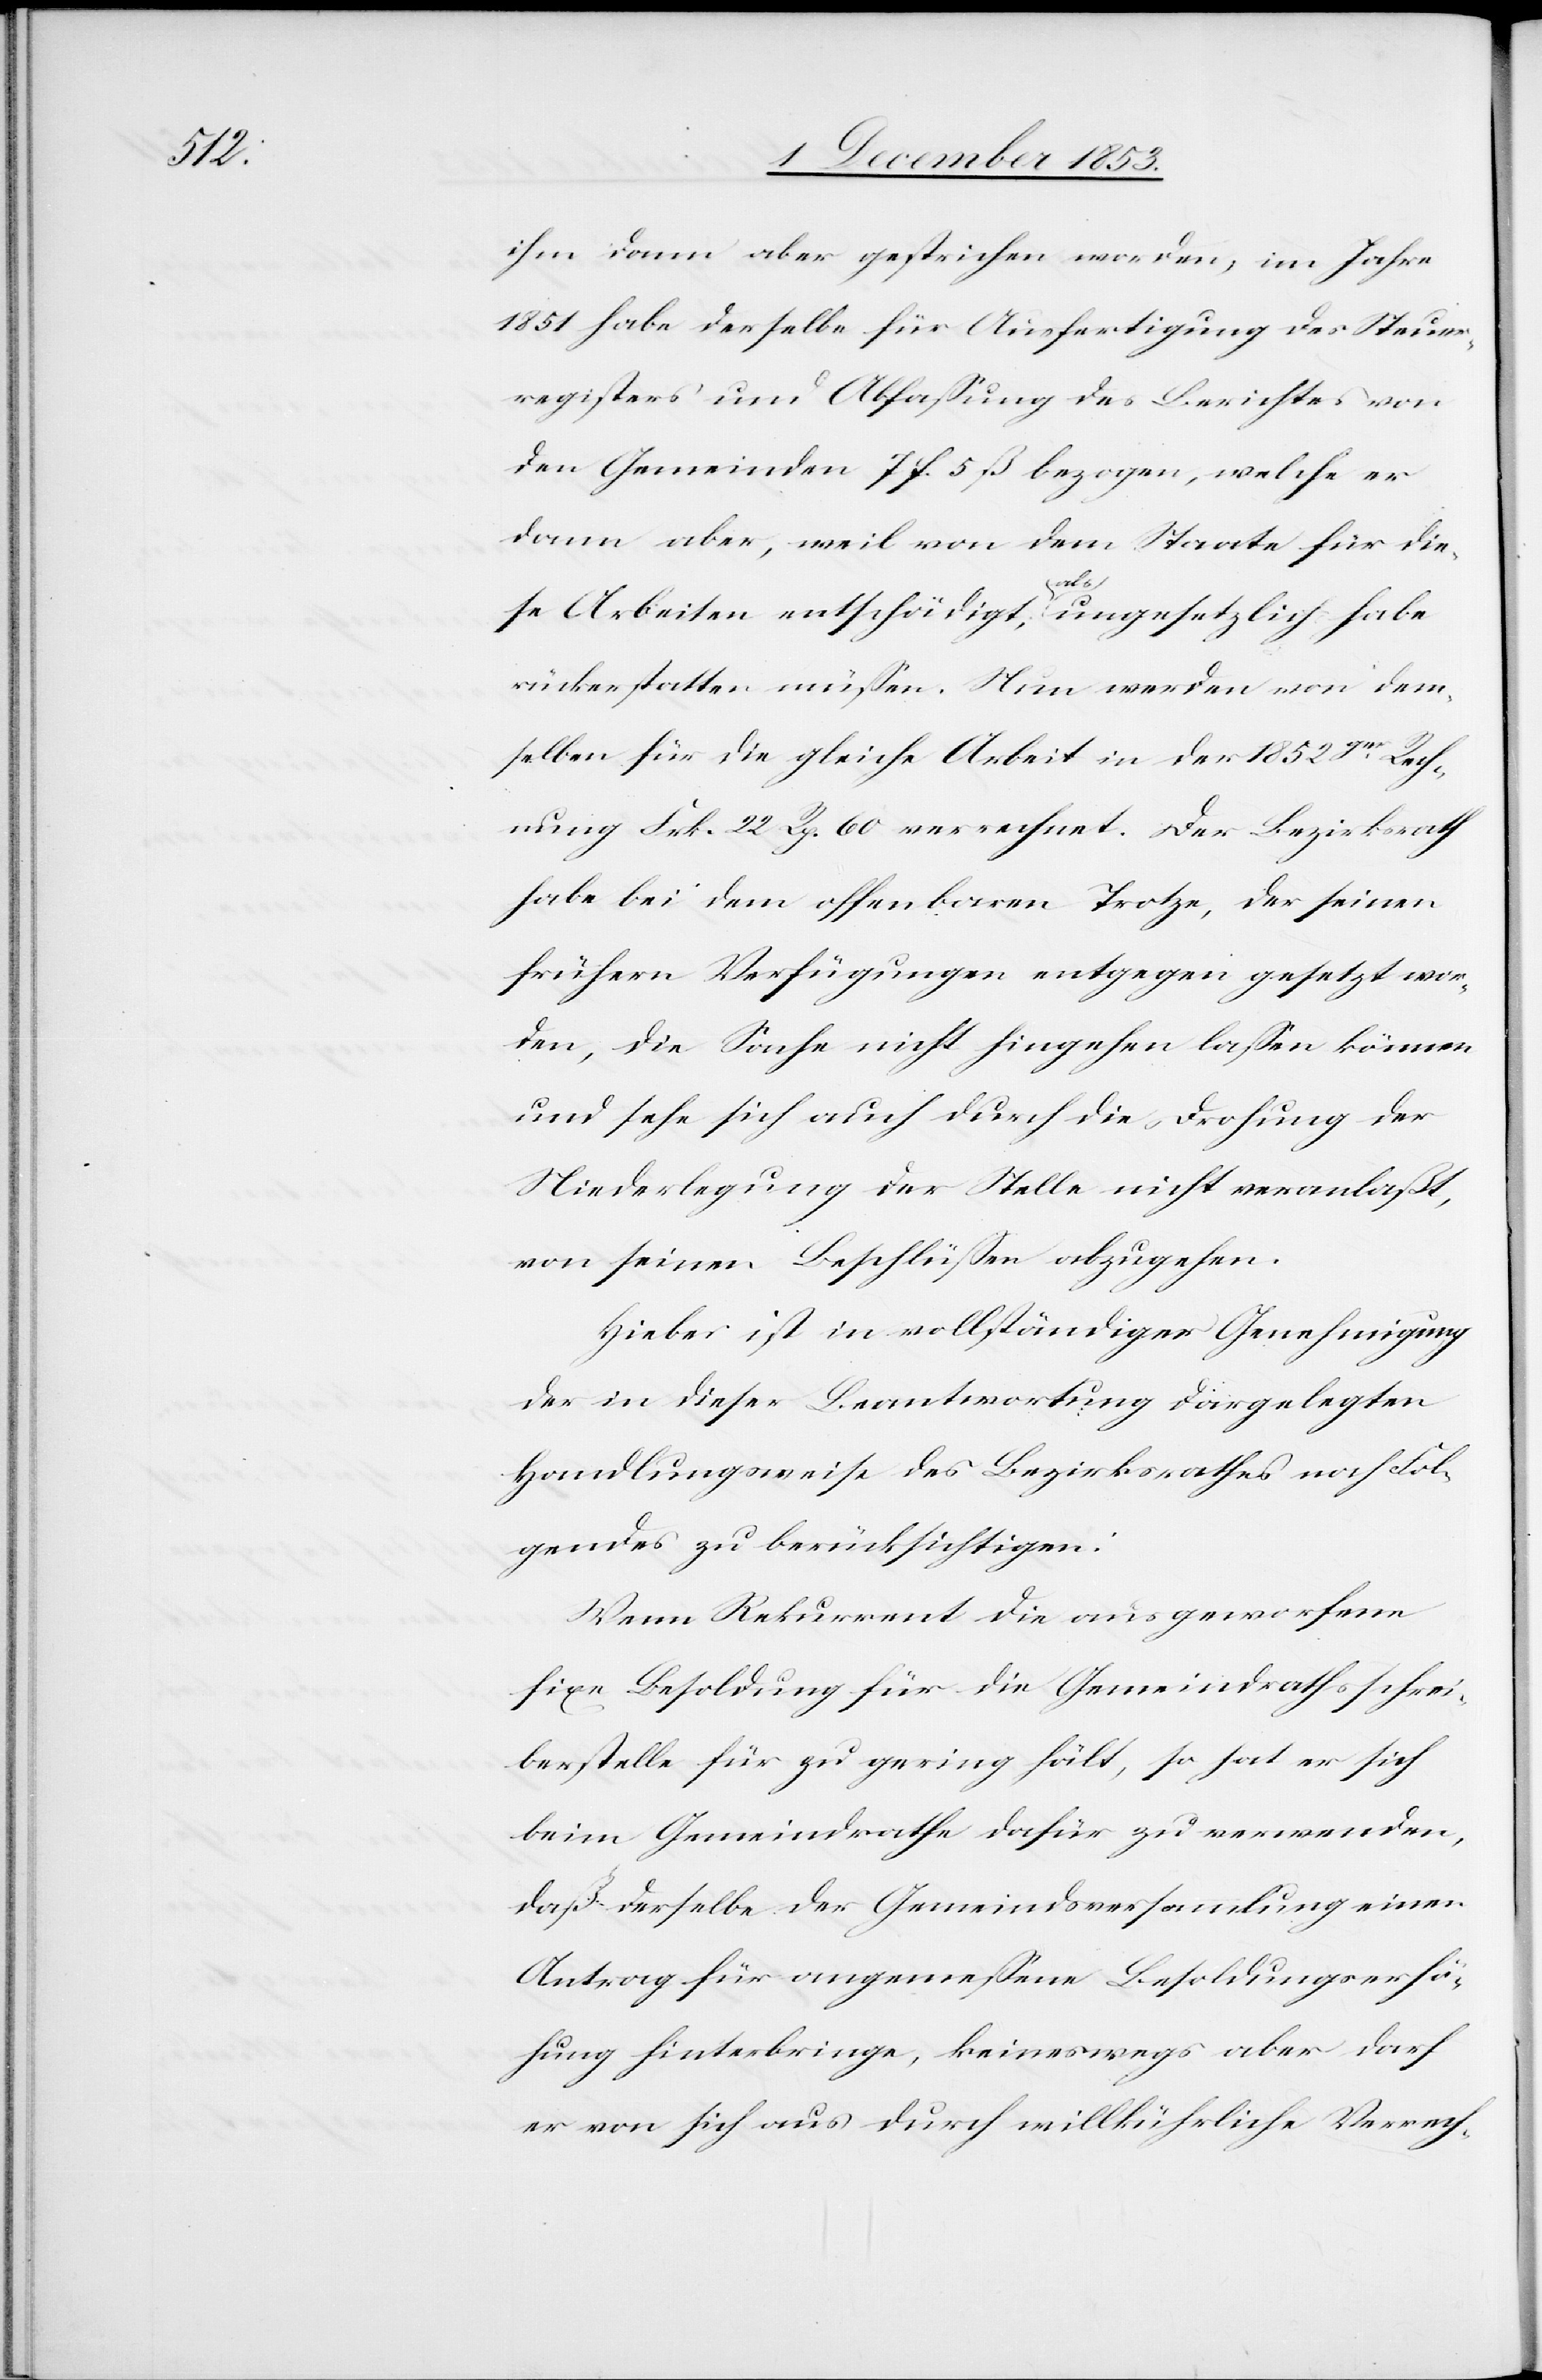
ihm dann aber gestrichen worden, im Jahre
1851 habe derselbe für die Ausfertigung des Steuer¬
registers und Abfaßung des Berichtes von
den Gemeinden 7 f. 5 ß. bezogen, welche er
dann aber, weil von dem Staate für die¬
se Arbeiten entschädigt, als ungesetzlich habe
rückerstatten müßen. Nun werden von dem¬
selben für die gleiche Arbeit in der 1852ger Rech¬
nung Frk. 22 Rp. 60 verrechnet. Der Bezirksrath
habe bei dem offenbaren Trotze, der seinen
frühern Verfügungen entgegen gesetzt wor¬
den, die Sache nicht hingehen laßen können
und sehe sich auch durch die Drohung der
Niederlegung der Stelle nicht veranlaßt,
von seinen Beschlüßen abzugehen.
Hiebei ist in vollständiger Genehmigung
der in dieser Beantwortung dargelegten
Handlungsweise des Bezirksrathes noch Fol¬
gendes zu berücksichtigen:
Wenn Rekurrent die ausgeworfen¬
e Besoldung für die Gemeindrathsschrei¬
berstelle für zu gering hält, so hat er sich
beim Gemeindrathe dafür zu verwenden,
daß derselbe der Gemeindsversammlung einen
Antrag für angemeßene Besoldungsverfü¬
gung hinterbringe, keineswegs aber darf
er von sich aus durch willkührliche Verrech-